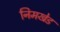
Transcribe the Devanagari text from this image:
निमखेड